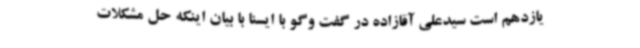
یازدهم است سیدعلی آقازاده در گفت وگو با ایسنا با بیان اینکه حل مشکلات